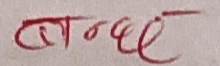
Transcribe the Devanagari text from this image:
बन्धछे